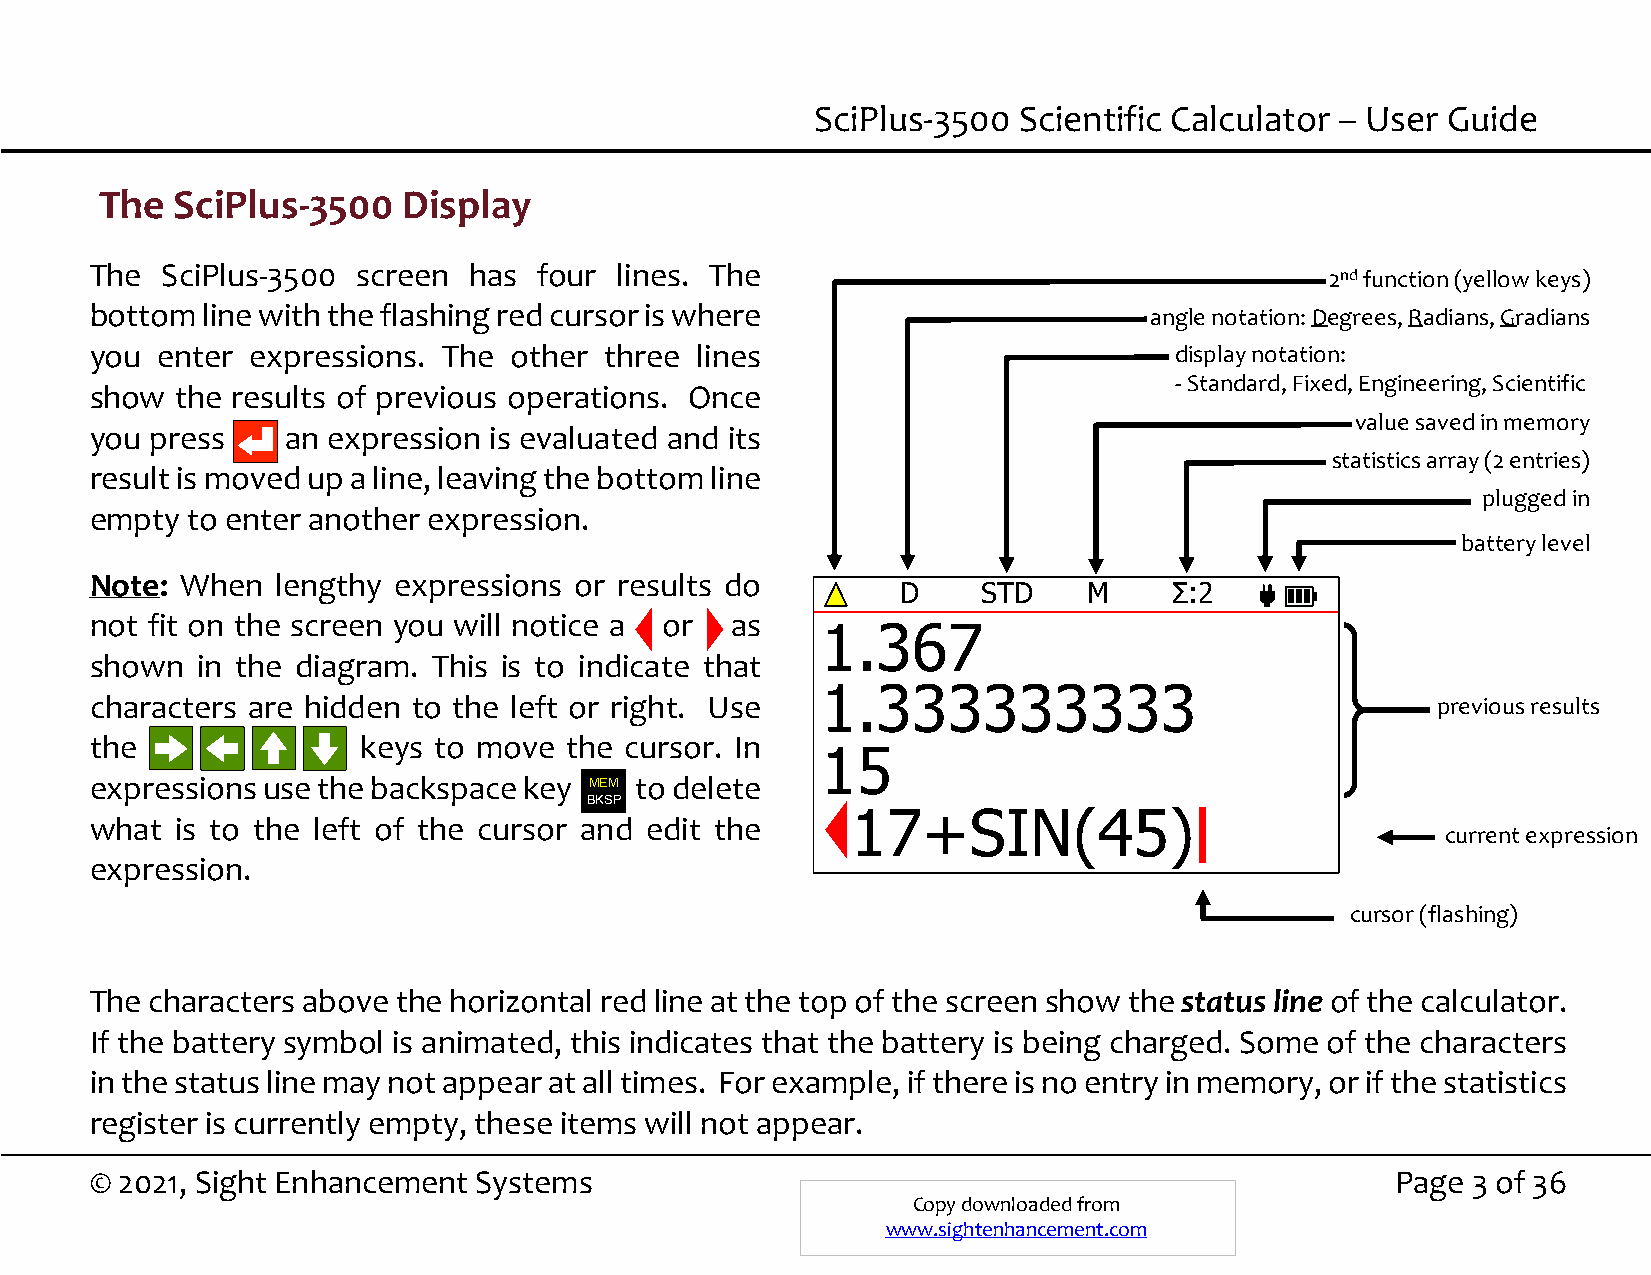
SciPlus-3500 Scientific Calculator – User Guide
 The  SciPlus-3500   Display
 The  SciPlus-3500 screen has  four lines. The
 2ndfunction (yellow keys)
 bottom line with the flashing red cursor is where                     angle notation: Degrees, Radians, Gradians
 you enter  expressions. The other three lines                           display notation:
 -Standard, Fixed, Engineering, Scientific
 show  the results of previous operations. Once
 value saved in memory
 you press    an expression is evaluated and its
 statistics array (2 entries)
 result is moved up a line, leaving the bottom line
 plugged in
 empty to enter another expression.
 battery level
 Note: When  lengthy expressions or results do
 D    STD    M     Σ:2
 not fit on the screen you will notice a or as
 1.367
 shown  in the diagram. This is to indicate that
 1.333333333
 characters are hidden to the left or right. Use                                          previous results
 the               keys to move the cursor. In
 15
 expressions use the backspace key M E M to delete
 BKSP
 17+SIN(45)
 what  is to the left of the cursor and edit the
 current expression
 expression.
 cursor (flashing)
 The characters above the horizontal red line at the top of the screen show the status line of the calculator.
 If the battery symbol is animated, this indicates that the battery is being charged. Some of the characters
 in the status line may not appear at all times. For example, if there is no entry in memory, or if the statistics
 register is currently empty, these items will not appear.
 © 2021, Sight Enhancement Systems                                                     Page 3 of 36
 Copy downloaded from
 www.sightenhancement.com